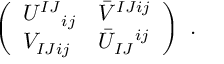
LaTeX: \left( \begin{array} { l l } { { U ^ { I J } { } _ { i j } } } & { { \bar { V } ^ { I J i j } } } \\ { { V _ { I J i j } } } & { { \bar { U } _ { I J } { } ^ { i j } } } \end{array} \right) \ .